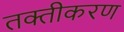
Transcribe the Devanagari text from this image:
तक्तीकरण